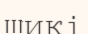
шикі